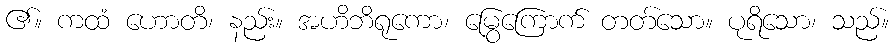
၏။ ကထံ ဟောတိ၊ နည်း။ အဟိဘိရုကော၊ မြွေကြောက် တတ်သော။ ပုရိသော၊ သည်။